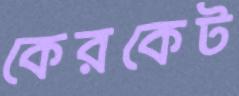
কেরকেট